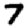
Digit: 7